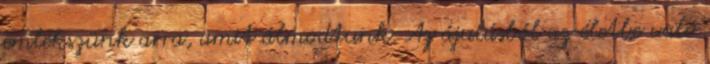
emlékszünk arra, amit álmodtunk. Az ájulásból az életbe való